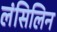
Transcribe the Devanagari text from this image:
लंसिलिन